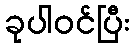
ခုပါဝင်ပြီး